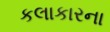
કલાકારના